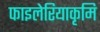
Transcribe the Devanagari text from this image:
फाइलेरियाकृमि